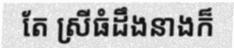
តែ ស្រីធំដឹងនាងក៏